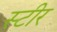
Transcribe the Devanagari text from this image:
स्टीर